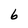
Character: 6